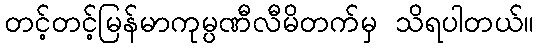
တင့်တင့်မြန်မာကုမ္ပဏီလီမိတက်မှ သိရပါတယ်။